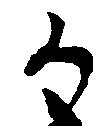
か